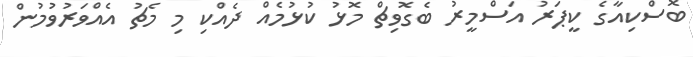
ބޮސްކިއާގެ ކީޕަރު އަސްމީރު ބެގޮވިޗް މޮޅު ކުޅުމެއް ދެއްކި މި މެޗު އެއްވަރުވުމުން